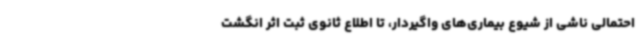
احتمالی ناشی از شیوع بیماری‌های واگیردار، تا اطلاع ثانوی ثبت اثر انگشت